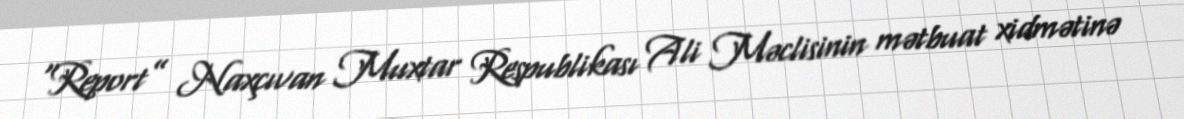
“Report” Naxçıvan Muxtar Respublikası Ali Məclisinin mətbuat xidmətinə